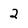
Character: 2